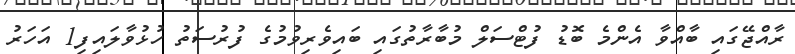
ރާއްޖޭގައި ބާއްވާ އެންމެ ބޮޑު ފުޓްސަލް މުބާރާތުގައި ބައިވެރިވުމުގެ ފުރުސަތު ހުޅުވާލައިފި1 އަހަރު